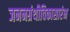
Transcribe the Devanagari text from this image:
जननग्रंथीविकासारंभ